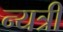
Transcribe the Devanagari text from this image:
न्यत्री